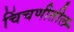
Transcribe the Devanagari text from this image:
चिंचणीतील